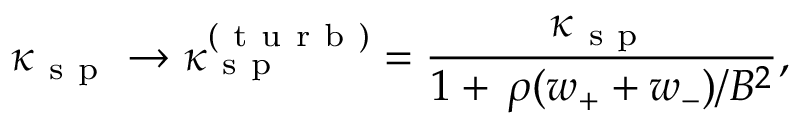
\kappa _ { \mathrm { ~ s ~ p ~ } } \rightarrow \kappa _ { \mathrm { ~ s ~ p ~ } } ^ { ( \mathrm { ~ t ~ u ~ r ~ b ~ } ) } = \frac { \kappa _ { \mathrm { ~ s ~ p ~ } } } { 1 + \, \rho ( w _ { + } + w _ { - } ) / B ^ { 2 } } ,